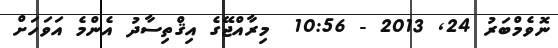
ނޮވެމްބަރު 24